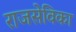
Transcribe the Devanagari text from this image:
राजसेविका